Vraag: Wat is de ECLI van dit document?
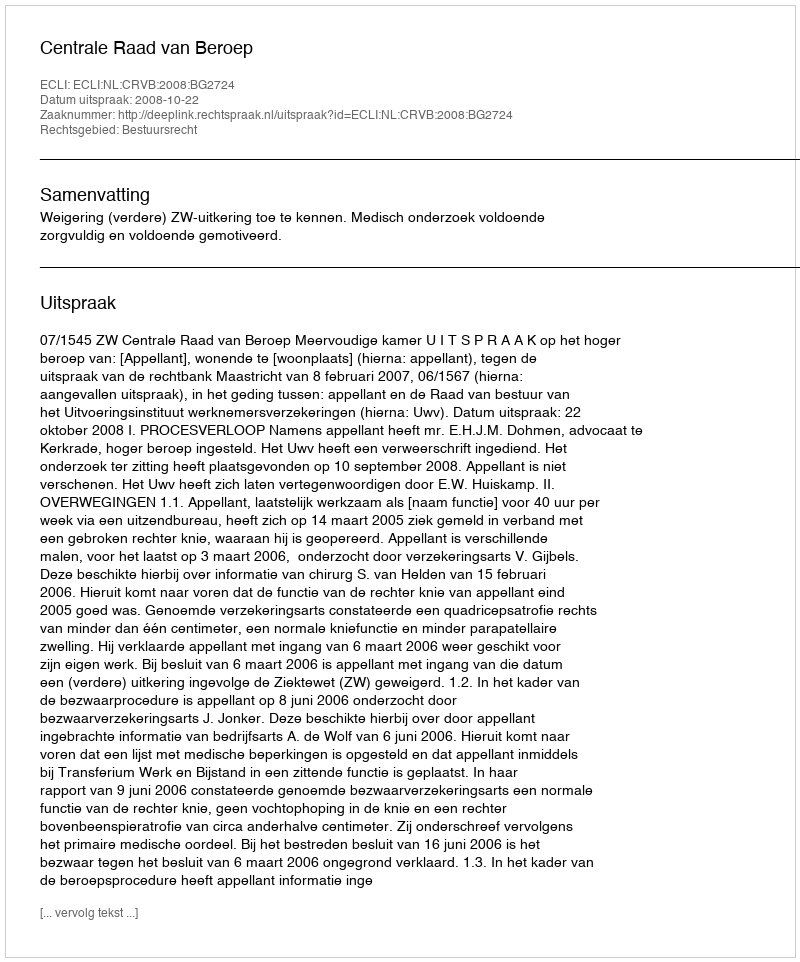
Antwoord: ECLI:NL:CRVB:2008:BG2724